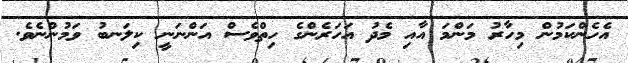
އެހެންކަމުން މިހާރު މަންމަ އާއި މެދު އަހަރެންގެ ހިތްވެސް އަންނަނީ ކިލަނބު ވަމުންނެވެ.